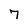
Character: 7